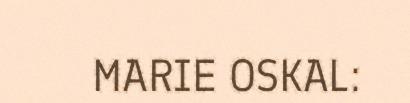
MARIE OSKAL: